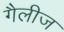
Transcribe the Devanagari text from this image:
गैलीज